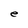
Character: e